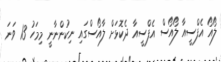
ލޯއޯ އެފްސީއާ ލޯއޯސް އެފްސީއާ ދެކޮޅަށް ލާއޯސްގައި ނިކުންނާނީ މިމަހު 13 ވަނަ